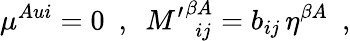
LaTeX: \mu^{Aui}=0~~,~~{M^{\prime}}_{~~ij}^{\beta A}=b_{ij}\, \eta^{\beta A}~~,